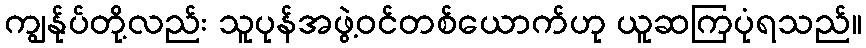
ကျွန်ုပ်တို့လည်း သူပုန်အဖွဲ့ဝင်တစ်ယောက်ဟု ယူဆကြပုံရသည်။